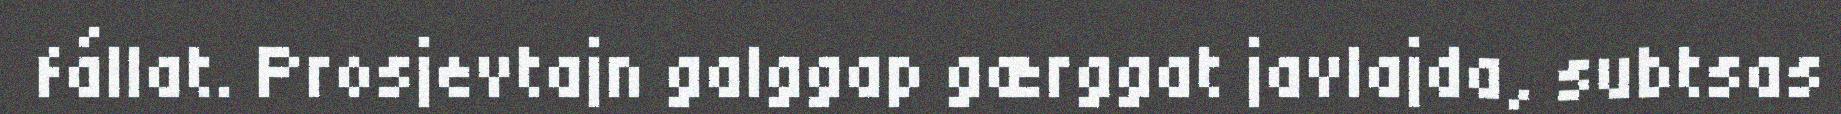
fállat. Prosjevtajn galggap gærggat javlajda, subtsas